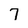
Character: 7